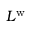
L ^ { \mathrm { w } }